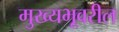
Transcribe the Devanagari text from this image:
मुख्यभूवरील